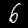
Digit: 6